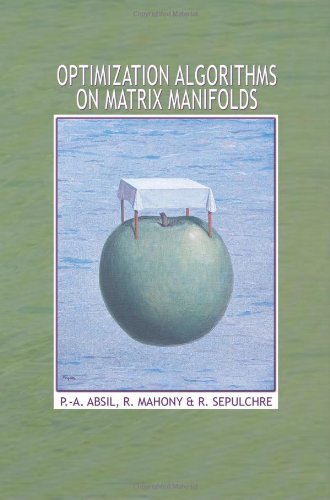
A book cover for Optimization Algorithms on Matrix Manifolds; P.-A. Absil; Science & Math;